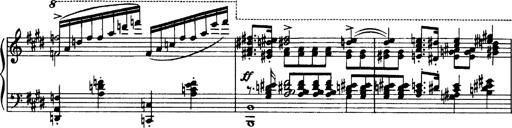
Title: OuvertÃ¼re zu TannhÃ¤user
Composer: Franz Liszt